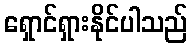
ရှောင်ရှားနိုင်ပါသည်